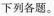
下列各题。